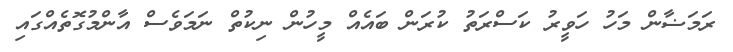
ރަމަޟާން މަހު ހަވީރު ކަސްރަތު ކުރަން ބައެއް މީހުން ނިކުތް ނަމަވެސް އާންމުގޮތެއްގައި